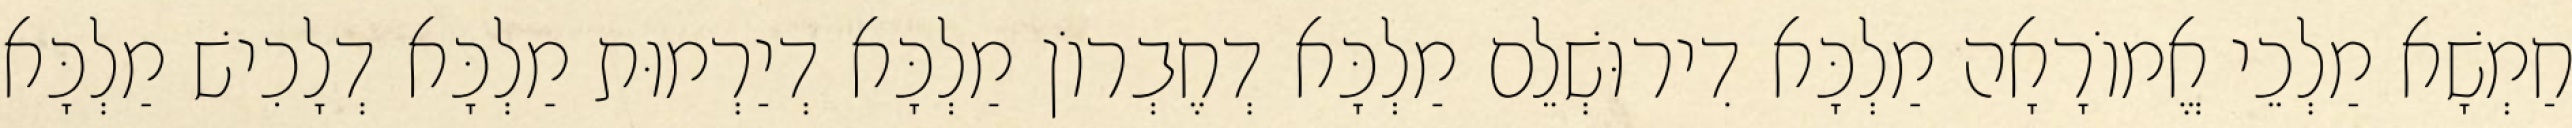
חַמְשָׁא מַלְכֵי אֱמוֹרָאָה מַלְכָּא דִירוּשְׁלֵם מַלְכָּא דְחֶבְרוֹן מַלְכָּא דְיַרְמוּת מַלְכָּא דְלָכִישׁ מַלְכָּא